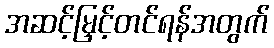
အဆင့်မြှင့်တင်ရန်အတွက်